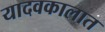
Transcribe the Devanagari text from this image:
यादवकालात